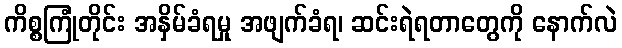
ကိစ္စကြုံတိုင်း အနှိမ်ခံရမှု အဖျက်ခံရ၊ ဆင်းရဲရတာတွေကို နောက်လဲ